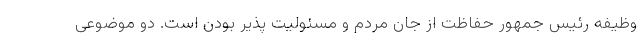
وظیفه رئیس جمهور حفاظت از جان مردم و مسئولیت پذیر بودن است. دو موضوعی